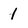
Character: 1